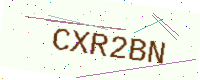
Text: CXR2BN